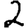
Digit: 2